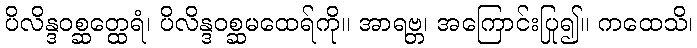
ပိလိန္ဒဝစ္ဆတ္ထေရံ၊ ပိလိန္ဒဝစ္ဆမထေရ်ကို။ အာရဗ္ဘ၊ အကြောင်းပြု၍။ ကထေသိ၊